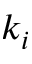
k _ { i }